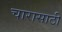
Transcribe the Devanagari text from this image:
चारासाठी